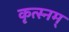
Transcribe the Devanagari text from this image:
कृत्स्नम्‌